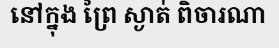
នៅក្នុង ព្រៃ ស្ងាត់ ពិចារណា